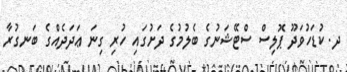
ދ. ކުޑަހުވަދޫ ޕޮލިސް ސްޓޭޝަނުގެ ބެލުމުގެ ދަށުގައި ހުރި ގިނަ ޢަދަދެއްގެ ބަނގުރާ